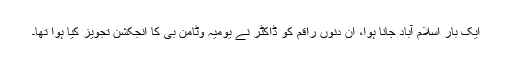
ایک بار اسلام آباد جانا ہوا، ان دنوں راقم کو ڈاکٹر نے یومیہ وٹامن بی کا انجکشن تجویز کیا ہوا تھا۔